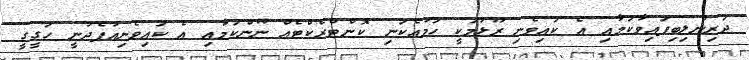
ދަރިންލިބިފައިވާކަމާއި އެ ކައިވެނި ރޫޅުމަކީ ހަމައެކަނި ކޮންޓްރެކްޓެއް ނޫންކަމާއި އެ ކައިވެނިއުފެދުނީ ހަގީގީ